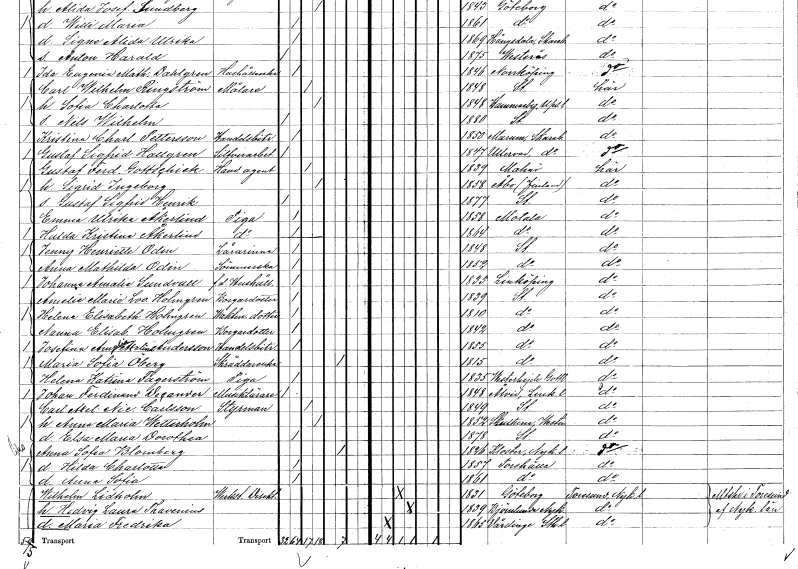
gt_parse: households: individuals: FN: Gustaf Sigfrid Henrik
KON: M
CIV: O
FODAR: 1877
FODFORS: Stockholm
FN: Emma Ulrika
EN: Åkerlind
YRKE: Piga
KON: K
CIV: O
FODAR: 1858
FODFORS: Motala Östergötlands län
FN: Hulda Kristina
EN: Åkerlind
YRKE: Piga
KON: K
CIV: O
FODAR: 1864
FODFORS: Motala Östergötlands län
FN: Jenny Henriette
EN: Odin
YRKE: Lärarinna
KON: K
CIV: O
FODAR: 1848
FODFORS: Stockholm
FN: Anna Mathilda
EN: Odin
YRKE: Sömmerska
KON: K
CIV: O
FODAR: 1852
FODFORS: Stockholm
FN: Johaqnna Amalia
EN: Sundvall
YRKE: Hushållerska f.d.
KON: K
CIV: O
FODAR: 1833
FODFORS: Linköping Östergötlands län
FN: Amelie Marie Lovisa
EN: Holmgren
YRKE: Borgaredotter
KON: K
CIV: O
FODAR: 1839
FODFORS: Stockholm
FN: Helena Elisabeth
EN: Holmgren
YRKE: Vaktmästaredotter
KON: K
CIV: O
FODAR: 1810
FODFORS: Stockholm
FN: Nanna Elisabet
EN: Holmgren
YRKE: Borgaredotter
KON: K
CIV: O
FODAR: 1842
FODFORS: Stockholm
FN: Josefina Amalia Axelina
EN: Andersson
YRKE: Handelsbiträde
KON: K
CIV: O
FODAR: 1855
FODFORS: Stockholm
FN: Maria Sofia
EN: Öberg
YRKE: Skräddareänka
KON: K
CIV: E
FODAR: 1815
FODFORS: Stockholm
FN: Helena Katrina
EN: Fagerström
YRKE: Piga
KON: K
CIV: O
FODAR: 1835
FODFORS: Västerhejde Gotlands län
FN: Johan Ferdinand
EN: Decander
YRKE: Musiklärare
KON: M
CIV: O
FODAR: 1848
FODFORS: Åtvid Östergötlands län
FN: Carl Axel Nic.
EN: Carlsson
YRKE: Styrman
KON: M
CIV: G
FODAR: 1849
FODFORS: Stockholm
FN: Anna Maria
EN: Wetterholm
KON: K
CIV: G
FODAR: 1852
FODFORS: Skultuna Västmanlands län
FN: Elsa Maria Dorothea
KON: K
CIV: O
FODAR: 1878
FODFORS: Stockholm
FN: Anna Sofia
EN: Blomberg
KON: K
CIV: E
FODAR: 1826
FODFORS: Kloster Södermanlands län
FN: Hilda Charlotta
KON: K
CIV: O
FODAR: 1857
FODFORS: Torshälla Södermanlands län
FN: Anna Sofia
KON: K
CIV: O
FODAR: 1861
FODFORS: Torshälla Södermanlands län
FN: Wilhelm
EN: Lidholm
YRKE: Direktör verkst.
KON: M
CIV: G
FODAR: 1831
FODFORS: Göteborg Göteborgs- och Bohuslän
FN: Hedvig Laura
EN: Thavenius
KON: K
CIV: G
FODAR: 1839
FODFORS: Björnlunda Södermanlands län
FN: Maria Fredrika
KON: K
CIV: O
FODAR: 1865
FODFORS: Vårdinge Stockholms län